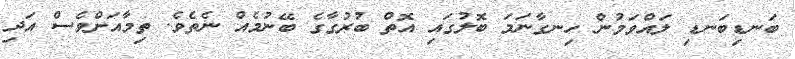
ބަނޑިބަނޑި ލައްވަމުން ހިނގާނަމަ ބޮލުގައި އޮތް ބުރުގާގެ ބޭނުމެއް ނެތެވެ. ތިމާއަށްވެސް އަދި